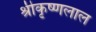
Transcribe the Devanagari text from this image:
श्रीकृष्णलाल